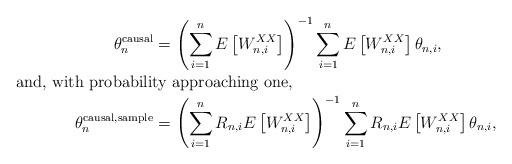
LaTeX: \begin{align*}\theta_n^{\mathrm{causal}}&=\left(\sum_{i=1}^n E\left[W_{n,i}^{XX} \right]\right)^{-1}\sum_{i=1}^nE\left[W_{n,i}^{XX}\right]\theta_{n,i}, \\\shortintertext{and, with probability approaching one,} \theta_n^{\mathrm{causal}, \mathrm{sample}}&=\left(\sum_{i=1}^n R_{n,i}E\left[W_{n,i}^{XX} \right]\right)^{-1}\sum_{i=1}^n R_{n,i}E\left[W_{n,i}^{XX}\right]\theta_{n,i},\end{align*}